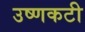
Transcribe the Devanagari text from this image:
उष्णकटी